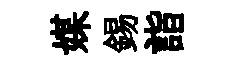
媒錫詣